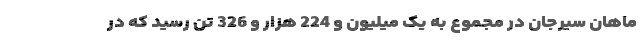
ماهان سیرجان در مجموع به یک میلیون و 224 هزار و 326 تن رسید که در